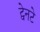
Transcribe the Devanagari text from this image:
ट्वेनटे